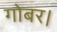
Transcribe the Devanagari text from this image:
गोबर।